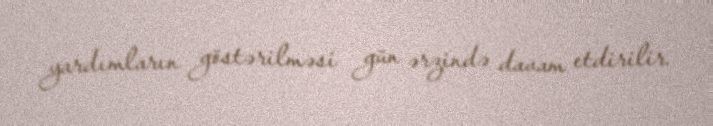
yardımların göstərilməsi gün ərzində davam etdirilir.